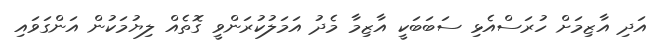
އަދި އާޒިމަށް ހުރަސްއެޅި ސަބަބަކީ އާޒިމާ މެދު އަމަލުކުރަންވީ ގޮތެއް ލިޔުމަކުން އަންގަވައި